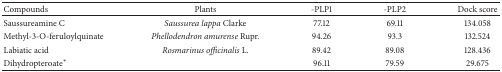
<table><thead><tr><td><b>Compounds</b></td><td><b>Plants</b></td><td><b>-PLP1</b></td><td><b>-PLP2</b></td><td><b>Dock score</b></td></tr></thead><tbody><tr><td>Saussureamine C</td><td><i>Saussurea lappa</i> Clarke</td><td>77.12</td><td>69.11</td><td>134.058</td></tr><tr><td>Methyl-3-O-feruloylquinate</td><td><i>Phellodendron amurense</i> Rupr.</td><td>94.26</td><td>93.3</td><td>132.524</td></tr><tr><td>Labiatic acid</td><td><i>Rosmarinus officinalis</i> L.</td><td>89.42</td><td>89.08</td><td>128.436</td></tr><tr><td>Dihydropteroate*</td><td>[EMPTY_CELL]</td><td>96.11</td><td>79.59</td><td>29.675</td></tr></tbody></table>